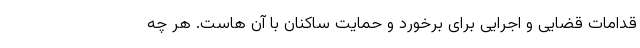
قدامات قضایی و اجرایی برای برخورد و حمایت ساکنان با آن هاست. هر چه